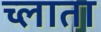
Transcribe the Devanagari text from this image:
च्लाता